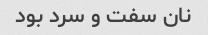
نان سفت و سرد بود